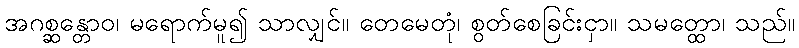
အဂစ္ဆန္တောဝ၊ မရောက်မူ၍ သာလျှင်။ တေမေတုံ၊ စွတ်စေခြင်းငှာ။ သမတ္ထော၊ သည်။